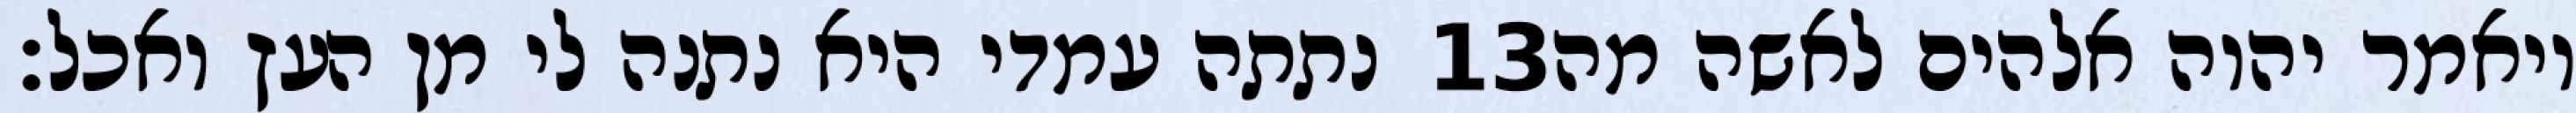
נתתה עמדי היא נתנה לי מן העץ ואכל׃ ‎13‏ ויאמר יהוה אלהים לאשה מה